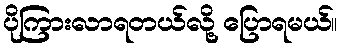
ပိုကြားလာရတယ်လို့ ပြောရမယ်။